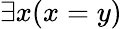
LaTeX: \exists x(x=y)